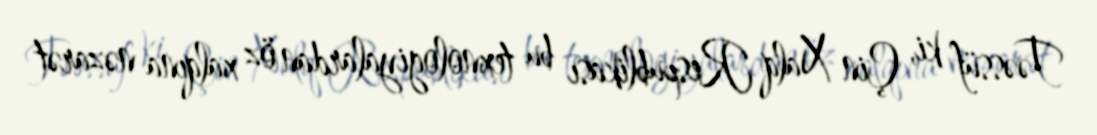
Təəssüf ki, Çin Xalq Respublikası bu texnologiyalardan öz xalqına nəzarət